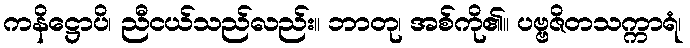
ကနိဋ္ဌောပိ၊ ညီငယ်သည်လည်း။ ဘာတု၊ အစ်ကို၏။ ပဗ္ဗဇိတသက္ကာရံ၊